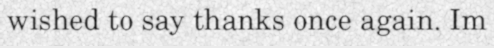
wished to say thanks once again. Im